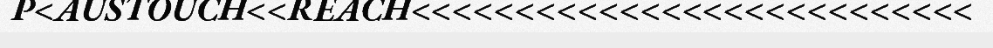
P<AUSTOUCH<<REACH<<<<<<<<<<<<<<<<<<<<<<<<<<<